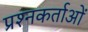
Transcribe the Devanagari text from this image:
प्रश्नकर्ताओं